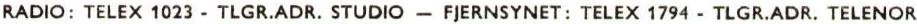
RADIO: TELEX 1023 - TLGR.ADR. STUDIO - FJERNSYNET: TELEX 1794 - TLGR.ADR. TELENOR